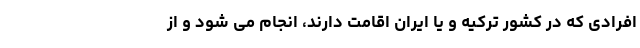
افرادی که در کشور ترکیه و یا ایران اقامت دارند، انجام می شود و از